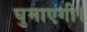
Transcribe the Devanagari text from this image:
घुमाएगी।